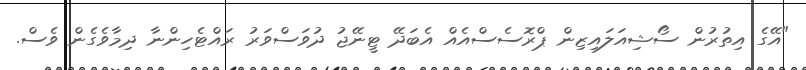
"އޭގެ އިތުރުން ސޯޝިއަލައިޒިން ޕްރޮސެސްއެއް އެބަދޭ ޓީނޭޖު ދުވަސްވަރު ރައްޓެހިންނާ ދިމާވެގެން ވެސް.